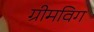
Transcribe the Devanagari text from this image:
ग्रीमविग